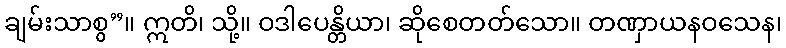
ချမ်းသာစွ”။ ဣတိ၊ သို့။ ဝဒါပေန္တိယာ၊ ဆိုစေတတ်သော။ တဏှာယနဝသေန၊